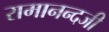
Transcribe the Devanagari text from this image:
रामानन्दजी